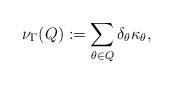
LaTeX: \begin{align*}\nu_{\Gamma}(Q):=\sum\limits_{\substack{\theta\in Q }}\delta_{\theta}\kappa_{\theta},\end{align*}